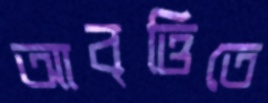
আবৃত্তিতে